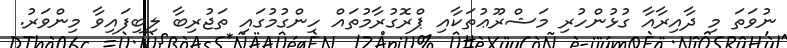
ނުވަތަ މި ދާއިރާއާ ގުޅުންހުރި މަޝްރޫޢުތަކާއި ޕްރޮގުރާމުތައް ހިންގުމުގައި ތަޖުރިބާ ލިބިފައިވާ މިންވަރު.